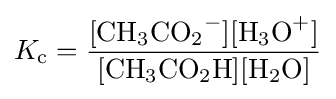
K_{\mathrm {c} }={\frac {\mathrm {[{CH_{3}CO_{2}}^{-}][{H_{3}O}^{+}]} }{\mathrm {[{CH_{3}CO_{2}H}][{H_{2}O}]} }}